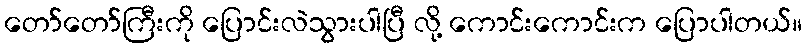
တော်တော်ကြီးကို ပြောင်းလဲသွားပါပြီ လို့ ကောင်းကောင်းက ပြောပါတယ်။